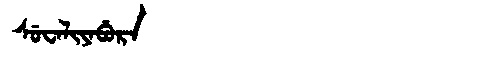
Manchu: ᠰᡠᠸᠠᠯᡳᠶᠠᠪᡠᡵᠠ
Romanization: SUWALIYABURA